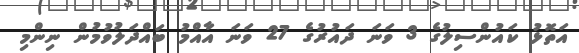
އަތޮޅު ކައުންސިލުގެ 3 ވަނަ ދައުރުގެ 27 ވަނަ އާއްމު ބައްދަލުވުމުން ނިންމި